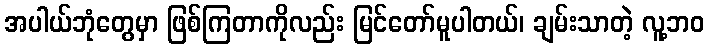
အပါယ်ဘုံတွေမှာ ဖြစ်ကြတာကိုလည်း မြင်တော်မူပါတယ်၊ ချမ်းသာတဲ့ လူ့ဘဝ